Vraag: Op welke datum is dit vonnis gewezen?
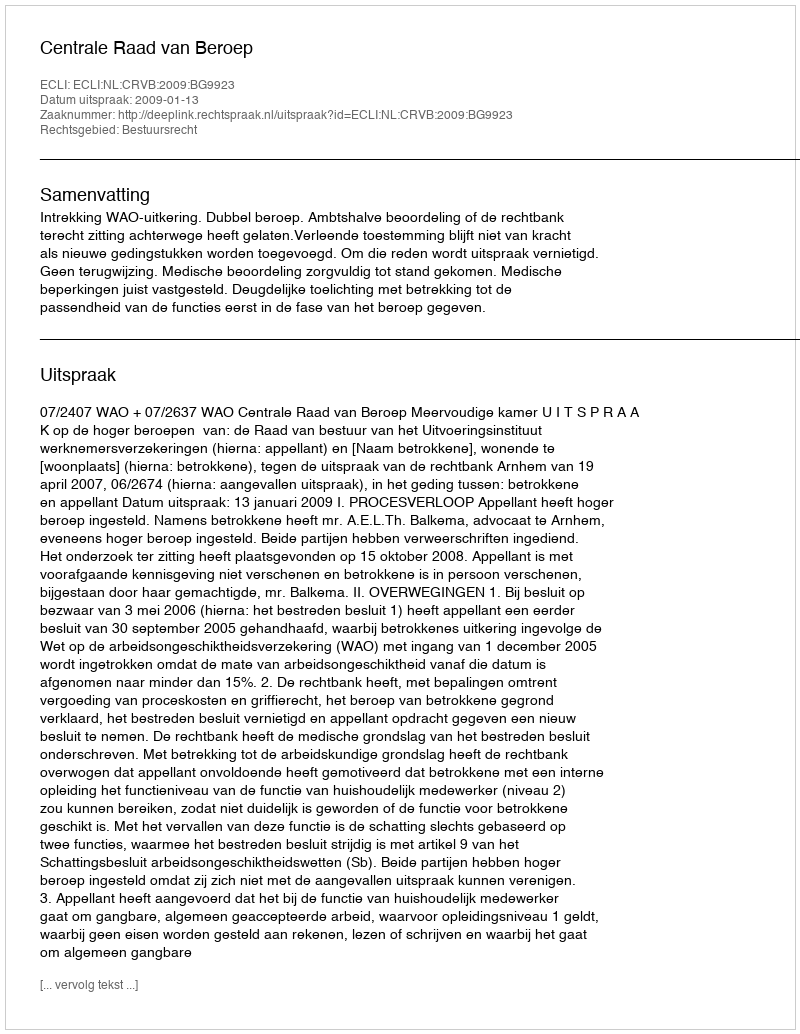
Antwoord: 2009-01-13